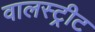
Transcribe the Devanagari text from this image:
वालस्ट्रीट